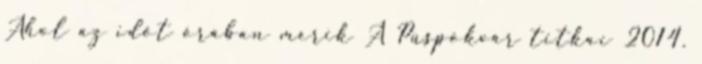
Ahol az időt órában mérik A Püspökvár titkai 2014.